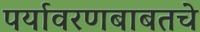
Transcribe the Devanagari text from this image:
पर्यावरणबाबतचे